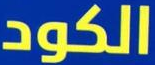
الكود